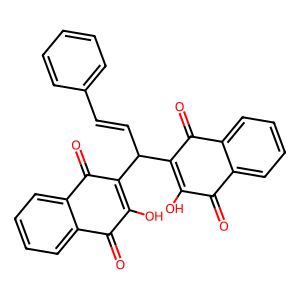
SMILES: O=C1C(O)=C(C(C=Cc2ccccc2)C2=C(O)C(=O)c3ccccc3C2=O)C(=O)c2ccccc21
Inhibits HIV replication: No